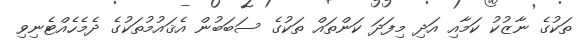
ތަކުގެ ނާޒުކު ކަމާއި އަދި މިފަދަ ކަންތައް ތަކުގެ ސަބަބުން އެޤައުމުތަކުގެ ދެމެހެއްޓެނިވި